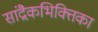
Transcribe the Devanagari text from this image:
सांद्रैकभिक्तिका